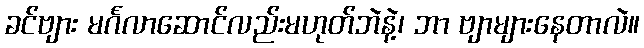
ခင်ဗျား မင်္ဂလာဆောင်လည်းမဟုတ်ဘဲနဲ့၊ ဘာ ဗျာများနေတာလဲ။